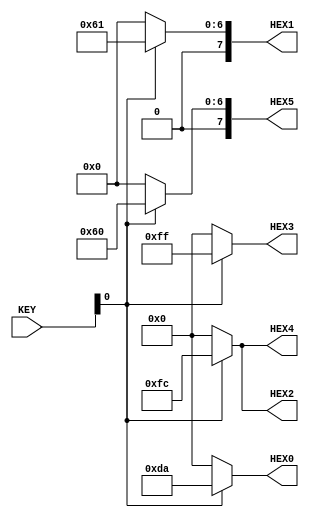
module exercise2(
	output [7:0] HEX0,
	output [7:0] HEX1,
	output [7:0] HEX2,
	output [7:0] HEX3,
	output [7:0] HEX4,
	output [7:0] HEX5,
	
	input [1:0]KEY
);

assign HEX0=KEY[0]? 8'b11011010:8'b00000000;
assign HEX1=KEY[0]? 8'b01100001:8'b00000000;
assign HEX2=KEY[0]? 8'b11111100:8'b00000000;
assign HEX3=KEY[0]? 8'b11111111:8'b00000000;
assign HEX4=KEY[0]? 8'b11111100:8'b00000000;
assign HEX5=KEY[0]? 8'b01100000:8'b00000000;

endmodule